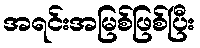
အရင်းအမြစ်ဖြစ်ပြီး